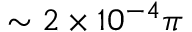
\sim 2 \times 1 0 ^ { - 4 } \pi